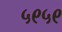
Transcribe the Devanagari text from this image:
५९५९